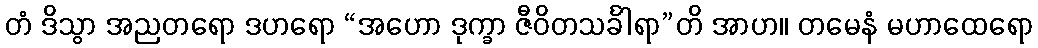
တံ ဒိသွာ အညတရော ဒဟရော “အဟော ဒုက္ခာ ဇီဝိတသင်္ခါရာ”တိ အာဟ။ တမေနံ မဟာထေရော